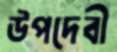
উপদেবী